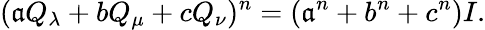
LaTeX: (\mathfrak{a}Q_{\lambda}+bQ_{\mu}+cQ_{\nu})^{n}=(\mathfrak{a}^{n}+b^{n}+c^{n})I.